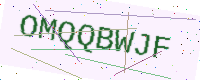
Text: OMQQBWJF